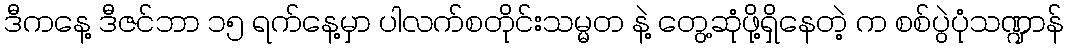
ဒီကနေ့ ဒီဇင်ဘာ ၁၅ ရက်နေ့မှာ ပါလက်စတိုင်းသမ္မတ နဲ့ တွေ့ဆုံဖို့ရှိနေတဲ့ က စစ်ပွဲပုံသဏ္ဍာန်